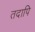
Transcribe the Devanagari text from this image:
तदापि